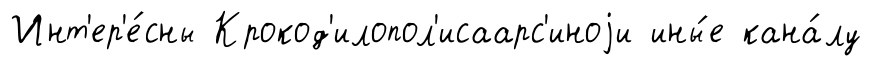
Инт'ер'е́сны Крокод'илопол'исаарс'иноjи ины́е кана́лу